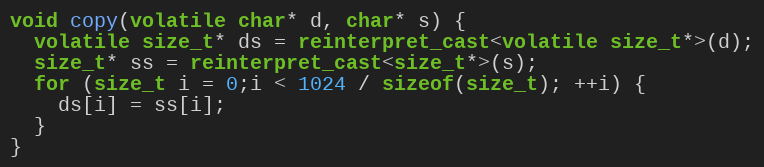
Language: C++
void copy(volatile char* d, char* s) {
  volatile size_t* ds = reinterpret_cast<volatile size_t*>(d);
  size_t* ss = reinterpret_cast<size_t*>(s);
  for (size_t i = 0;i < 1024 / sizeof(size_t); ++i) {
    ds[i] = ss[i];
  }
}